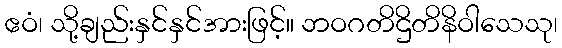
ဧဝံ၊ သို့ချည်းနှင်နှင်အားဖြင့်။ ဘဝဂတိဌိတိနိဝါသေသု၊